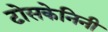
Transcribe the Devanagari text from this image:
टोसकेनिनी